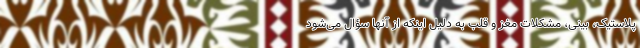
پلاستیک، بینی، مشکلات مغز و قلب به دلیل اینکه از آنها سؤال می‌‌شود